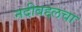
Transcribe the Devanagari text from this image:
नदीबद्दलचा